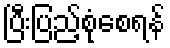
ပြီးပြည့်စုံစေရန်